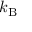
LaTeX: \, k _ { \mathrm { { B } } }